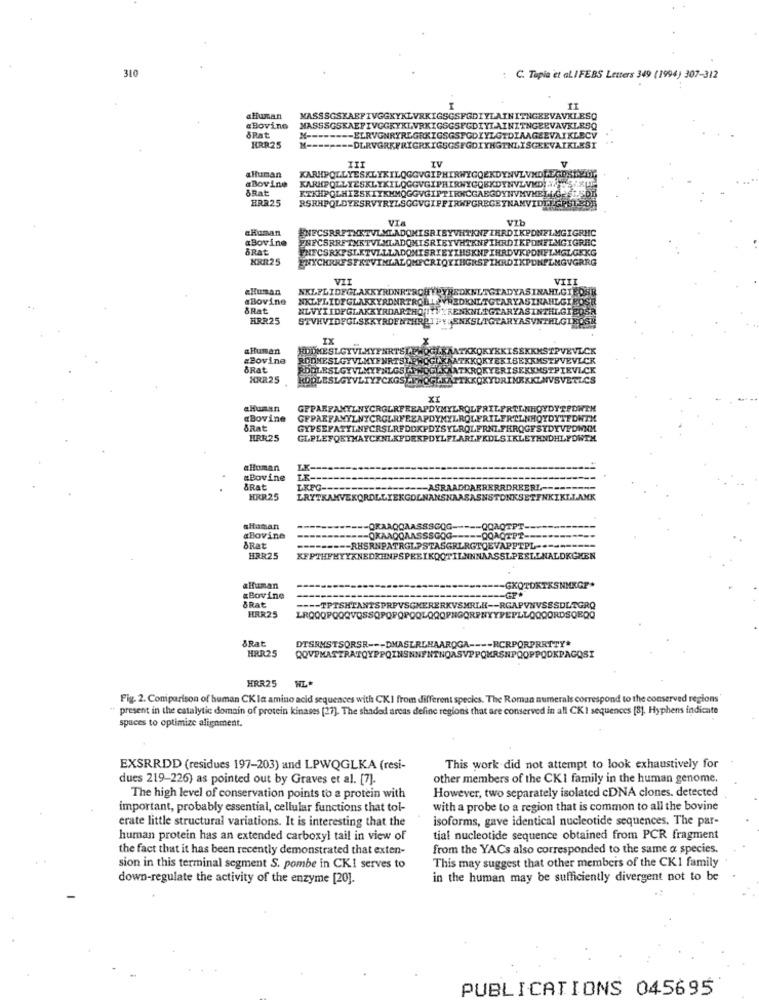
310
: C. Tapia et aLIFEBS Letters 349 (1994) 307-312
aHuman
MASSSGSTAEFIVGGKYKLVRKIGSGSFGDIYLAINITNGEEVAVKLESQ
a Bovino
MASSSGSKAEFIVGGKYKLVRKIGSGSEGDIYLAINITNGEEVAVKLESQ
SRat
N --
--- ELRVGNRYREGRKIGSGSFGDIYLGIDIAAGSEVAIKLBCV
HRR25
DLRVGRKFRIGRKIGSGSEGDIYHGTNLISGEEVAIKLEST
IV
V
alluman
KARHPOLLYESKLYKILQGGVGIPHIRWYGQEKDYNVLVNDLEGES
III
#Bovine
5Rat
KIKHPQLHIZSKIYKMMQGGVGIPTIRNC
GABGDYNVMVMELLGE
HRR25
RSRHPOLDYESRVYRYLSGGVGIFFI
ZNAMY
VIA
VTb
a Human
ENECSRRETHETVLMLADOMISRIBYVHTKNF IHRDIKPDNELMGIGRHC
aBovine
BRat
KRR25
ENYCHRRE SERTVINLALOHECH
KPONFLMGVGRRG
VII
«Human
aBovine
8Rat
HRR25
IX
aHuman
#Bovine
BRat
PIEVLCK
HRR25
XI
eHuman
«Bovine
BRat
HRR25
GLPLEFORTMAYCKNLKPD
FKDLSIKLETHNDHLFONTM
aHuman
#Bovine
BRat
LKFG-
=====-- ASRAADDAERERROREERI
HRR25
aHuman
---- ORAAOOAASSSCOG-
-QQAOT
aBovine
==- OKAAQQAASSSGOG ----- QQAQTPT ----
BRat
RHSRNPATRGLPSTASGRLRGTOEVAPPTPL --
HRR25
alfuman
-GP.
GKOTD
SNMXGP*
aRat
Bovine
---- TPTSHTANTSPRPVSGKERERKVSMRLH -- RGAPVNVSSSDLAGRQ
HRR25
&Rat
HRR25
DTSRMSTSORSR --- DMASLRLHAARQGA ---- RCRPORPRETTY*
QQVPMATTRATQYPPQINSNNENINOASVPPQMRSNPQOPPQDKPAGQSI
HRR25
Fig. 2. Coniparison of human CK in amino acid sequences with CKI from different species. The Roman numerals correspond to the conserved regions
" present in the catalytic domain of protein kinases (27]. The shaded areas define regions that are conserved in all CKI sequences [8]. Hyphens indicate
spaces to optimize alignment.
EXSRRDD (residues 197-203) and LPWQGLKA (resi-
This work did not attempt to look exhaustively for
dues 219-226) as pointed out by Graves et al. [7].
other members of the CKI family in the human genome.
However, two separately isolated cDNA clones. detected
The high level of conservation points to a protein with
important, probably essential, cellular functions that tol-
with a probe to a region that is common to all the bovine
erate little structural variations. It is interesting that the
isoforms, gave identical nucleotide sequences. The par-
human protein has an extended carboxyl tail in view of
tial nucleotide sequence obtained from PCR fragment
the fact that it has been recently demonstrated that exten-
from the YACs also corresponded to the same a species.
This may suggest that other members of the CKI family
sion in this terminal segment S. pombe in CKI serves to
down-regulate the activity of the enzyme [20].
in the human may be sufficiently divergent not to be
PUBLICATIONS 045695